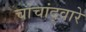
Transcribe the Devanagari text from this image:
चांचांद्वारे